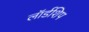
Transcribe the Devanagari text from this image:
लॉर्डशिप